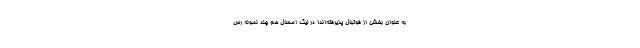
به عنوان بخشی از فوتبال پذیرفته‌اند! در لیگ امسال هم چند نمونه رس